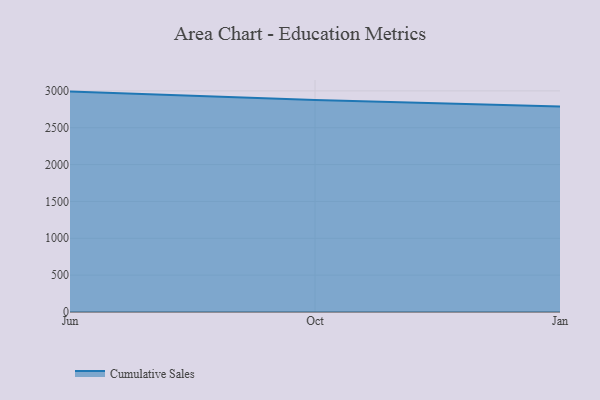
{"axis": {"x": "Month", "y": "Website Visitors"}, "legend": ["Cumulative Sales"], "data": [{"x": "Jun", "y": 2990.2, "type": "Cumulative Sales"}, {"x": "Oct", "y": 2876.2, "type": "Cumulative Sales"}, {"x": "Jan", "y": 2788.4, "type": "Cumulative Sales"}]}